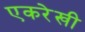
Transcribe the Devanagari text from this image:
एकरेखी